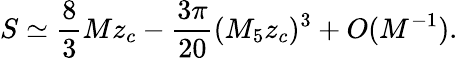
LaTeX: S\simeq\frac{8}{3}Mz_{c}-\frac{3\pi}{20}(M_{5}z_{c})^{3}+O(M^{-1}).